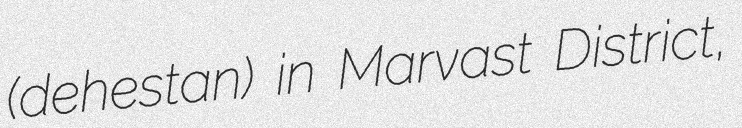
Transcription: (dehestan) in Marvast District,